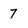
Character: 7